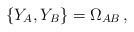
\begin{align*} \{ Y_A, Y_B \} = \Omega_{AB}\, ,\end{align*}